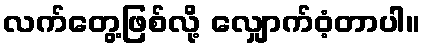
လက်တွေ့ဖြစ်လို့ လျှောက်ဝံ့တာပါ။